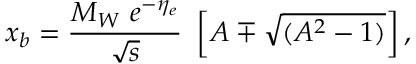
x _ { b } = \frac { M _ { W } \ e ^ { - \eta _ { e } } } { \sqrt { s } } \ \left[ A \mp \sqrt { ( A ^ { 2 } - 1 ) } \right] ,